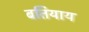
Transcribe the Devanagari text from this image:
बतियाय